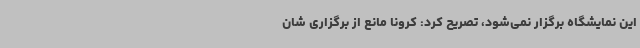
این نمایشگاه برگزار نمی‌شود، تصریح کرد: کرونا مانع از برگزاری شان